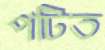
পটিত